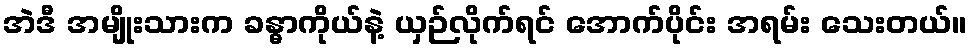
အဲဒီ အမျိုးသားက ခန္ဓာကိုယ်နဲ့ ယှဉ်လိုက်ရင် အောက်ပိုင်း အရမ်း သေးတယ်။